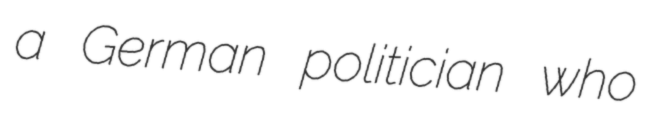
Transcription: a German politician who